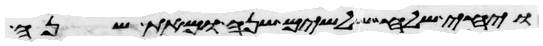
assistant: ויחי שלח שלשים שנה ומאת שנה